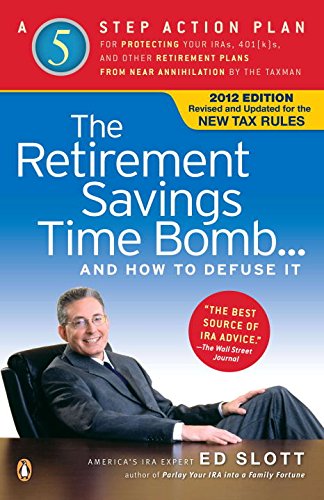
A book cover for The Retirement Savings Time Bomb . . . and How to Defuse It: A Five-Step Action Plan for Protecting Your IRAs, 401(k)s, and Other Retirement Plans from Near Annihilation by the Taxman; Ed Slott; Business & Money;